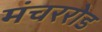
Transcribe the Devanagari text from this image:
मंचररोड